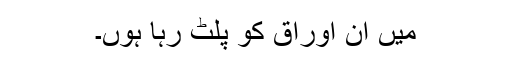
میں اُن اوراق کو پلٹ رہا ہوں۔